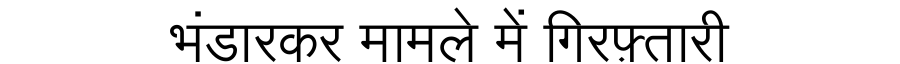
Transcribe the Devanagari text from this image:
भंडारकर मामले में गिरफ़्तारी